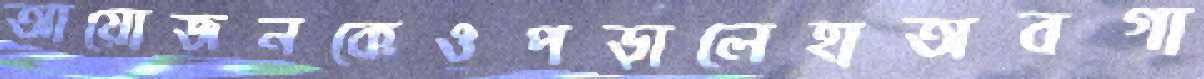
আয়োজনকেওপড়ালেহাঅবগা